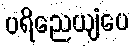
ပရိညေယျံပေ